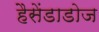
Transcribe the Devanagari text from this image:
हैसेंडाडोज